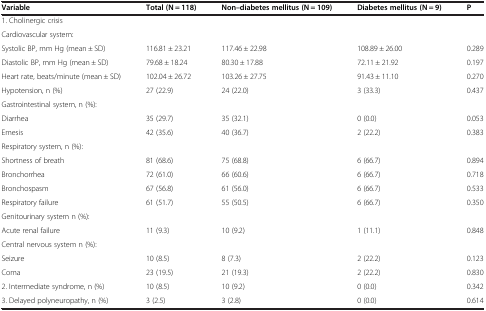
| Variable | Total (N = 118) | Non–diabetes mellitus (N = 109) | Diabetes mellitus (N = 9) | P |
 | --- | --- | --- | --- | --- |
 | 1. Cholinergic crisis |  |  |  |  |
 | Cardiovascular system: |  |  |  |  |
 | Systolic BP, mm Hg (mean ± SD) | 116.81 ± 23.21 | 117.46 ± 22.98 | 108.89 ± 26.00 | 0.289 |
 | Diastolic BP, mm Hg (mean ± SD) | 79.68 ± 18.24 | 80.30 ± 17.88 | 72.11 ± 21.92 | 0.197 |
 | Heart rate, beats/minute (mean ± SD) | 102.04 ± 26.72 | 103.26 ± 27.75 | 91.43 ± 11.10 | 0.270 |
 | Hypotension, n (%) | 27 (22.9) | 24 (22.0) | 3 (33.3) | 0.437 |
 | Gastrointestinal system, n (%): |  |  |  |  |
 | Diarrhea | 35 (29.7) | 35 (32.1) | 0 (0.0) | 0.053 |
 | Emesis | 42 (35.6) | 40 (36.7) | 2 (22.2) | 0.383 |
 | Respiratory system, n (%): |  |  |  |  |
 | Shortness of breath | 81 (68.6) | 75 (68.8) | 6 (66.7) | 0.894 |
 | Bronchorrhea | 72 (61.0) | 66 (60.6) | 6 (66.7) | 0.718 |
 | Bronchospasm | 67 (56.8) | 61 (56.0) | 6 (66.7) | 0.533 |
 | Respiratory failure | 61 (51.7) | 55 (50.5) | 6 (66.7) | 0.350 |
 | Genitourinary system n (%): |  |  |  |  |
 | Acute renal failure | 11 (9.3) | 10 (9.2) | 1 (11.1) | 0.848 |
 | Central nervous system n (%): |  |  |  |  |
 | Seizure | 10 (8.5) | 8 (7.3) | 2 (22.2) | 0.123 |
 | Coma | 23 (19.5) | 21 (19.3) | 2 (22.2) | 0.830 |
 | 2. Intermediate syndrome, n (%) | 10 (8.5) | 10 (9.2) | 0 (0.0) | 0.342 |
 | 3. Delayed polyneuropathy, n (%) | 3 (2.5) | 3 (2.8) | 0 (0.0) | 0.614 |